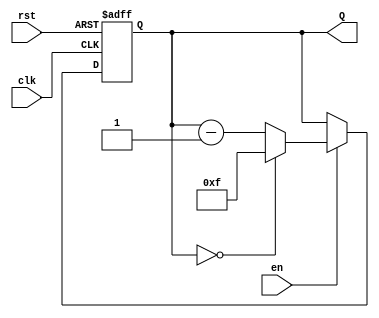
module binary_down_counter #(
    parameter n = 4  // Parameter for the number of bits in the counter
) (
    input wire clk,   // Clock input
    input wire rst,   // Asynchronous reset input
    input wire en,    // Enable input
    output reg [n-1:0] Q  // Counter output
);

    // Maximum value for the counter, which is 2^n - 1
    localparam MAX_COUNT = (1 << n) - 1;

    // Always block for the sequential logic
    always @(posedge clk or posedge rst) begin
        if (rst) begin
            // Asynchronous reset: set counter to maximum value
            Q <= MAX_COUNT;
        end else if (en) begin
            // Enable is high: decrement the counter
            if (Q == 0) begin
                Q <= MAX_COUNT;  // Roll over to maximum value
            end else begin
                Q <= Q - 1;      // Decrement the counter
            end
        end
        // If enable is low, do nothing and keep the current count
    end

endmodule